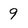
Character: 9